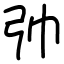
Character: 𢎭